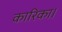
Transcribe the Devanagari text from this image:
कारिका।